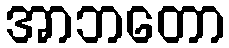
အာဘတော